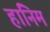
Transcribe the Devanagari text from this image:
हानिम